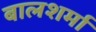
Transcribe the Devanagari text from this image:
बालशर्मा